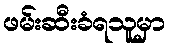
ဖမ်းဆီးခံရသူမှာ